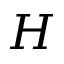
H